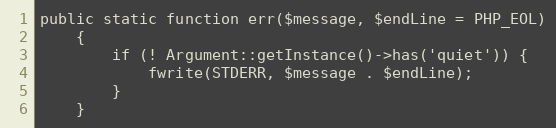
Language: PHP
public static function err($message, $endLine = PHP_EOL)
    {
        if (! Argument::getInstance()->has('quiet')) {
            fwrite(STDERR, $message . $endLine);
        }
    }